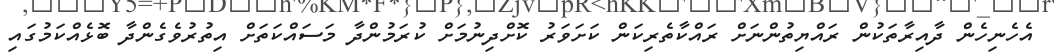
އެހެނިހެން ދާއިރާތަކުން ރައްޔިތުންނަށް ރައްކާތެރިކަން ކަށަވަރު ކޮށްދިނުމަށް ކުރަމުންދާ މަސައްކަތަށް އިތުރުވެގެންދާ ބޮޅެއްކަމުގައި